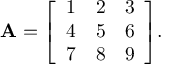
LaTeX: \mathbf { A } = { \left[ \begin{array} { l l l } { 1 } & { 2 } & { 3 } \\ { 4 } & { 5 } & { 6 } \\ { 7 } & { 8 } & { 9 } \end{array} \right] } .